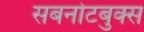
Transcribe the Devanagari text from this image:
सबनोटबुक्स